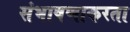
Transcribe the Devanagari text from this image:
संभाषणाकरता